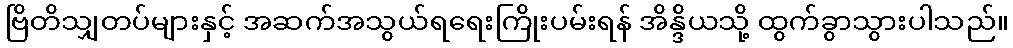
ဗြိတိသျှတပ်များနှင့် အဆက်အသွယ်ရရေးကြိုးပမ်းရန် အိန္ဒိယသို့ ထွက်ခွာသွားပါသည်။